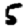
Digit: 5